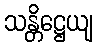
သန္တိဋ္ဌေယျ